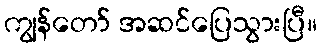
ကျွန်တော် အဆင်ပြေသွားပြီ။